Madras plague regulations in force outside the Presidency town - Volume 1
Disease focus: Plague
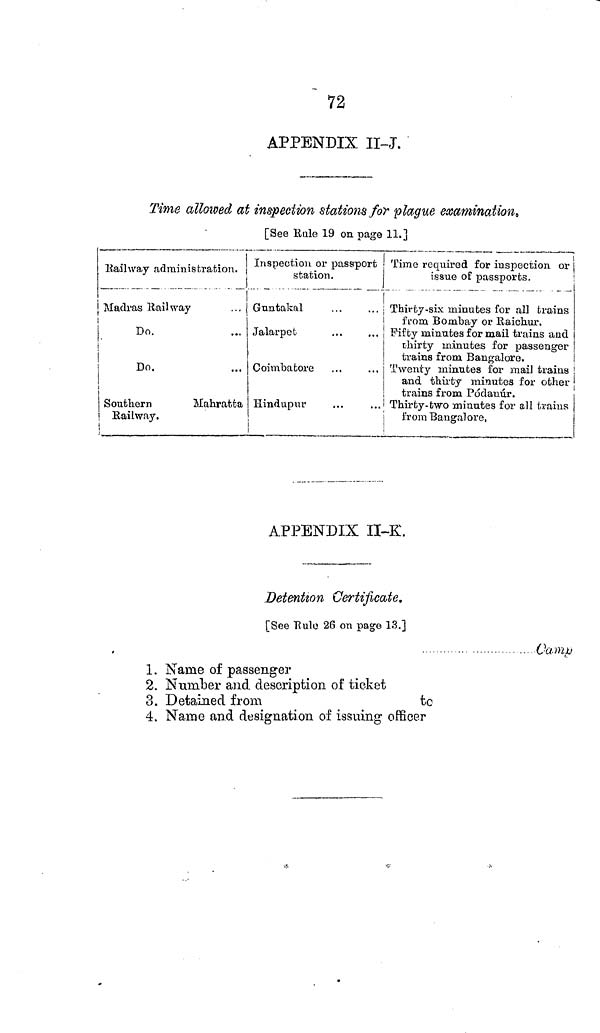
" 72
APPENDIX II-J.
Time allowed at inspection stations for plague examination,
[See Rule 19 on page 11.]
Kail way administration.
Madras Rail way
Do.
Do.
Southern
Mahratta
Railway.
Inspection or passport
station.
Guntakal
Jalarpet
Coimbatore
Hindupur
i
Time required for inspection or
issue of passports.
Thirty-six minutes for all trains
from Bombay or Raichur.
Fifty minutes for mail trains and
thirty minutes for passenger
trains from Bangalore.
Twenty minutes for mail trains
and thirty minutes for other
trains from Pódauúr.
Thirty- two minutes for all trains
from Bangalore,
APPENDIX II-K.
Detention Certificate.
[See Rule 26 on page 13.]
• •
. Ou-nip
1. Name of passenger
2. Number and description of ticket
3. Detained from
tc
4. Name and designation of issuing officer